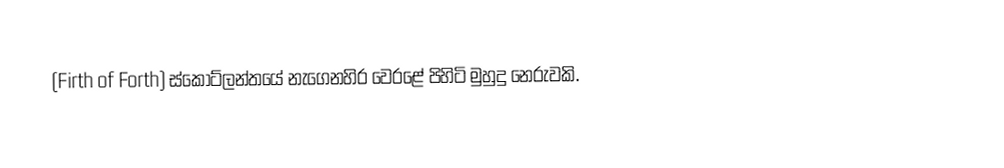
(Firth of Forth) ස්කොට්ලන්තයේ නැගෙනහිර වෙරළේ පිහිටි මුහුදු නෙරුවකි.